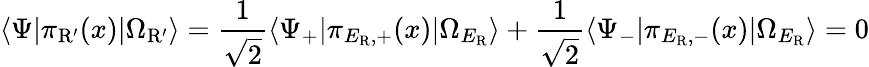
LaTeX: \langle\Psi|\pi_{\mathrm{R^{\prime}}}(x)|\Omega_{\mathrm{R^{\prime}}}\rangle=\frac{1}{\sqrt{2}}\langle\Psi_{+}|\pi_{E_{\mathrm{R}},+}(x)|\Omega_{E_{\mathrm{R}}}\rangle+\frac{1}{\sqrt{2}}\langle\Psi_{-}|\pi_{E_{\mathrm{R}},-}(x)|\Omega_{E_{\mathrm{R}}}\rangle=0